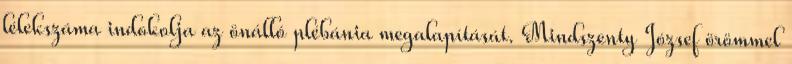
lélekszáma indokolja az önálló plébánia megalapítását. Mindszenty József örömmel